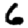
Digit: 6